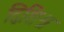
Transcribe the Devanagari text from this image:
द्विशिश्न